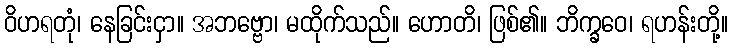
ဝိဟရတုံ၊ နေခြင်းငှာ။ အဘဗ္ဗော၊ မထိုက်သည်။ ဟောတိ၊ ဖြစ်၏။ ဘိက္ခဝေ၊ ရဟန်းတို့။